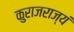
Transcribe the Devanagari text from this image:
कुराजराज्यं